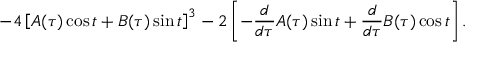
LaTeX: - 4 \left[ { \cal A } ( \tau ) \cos t + { \cal B } ( \tau ) \sin t \right] ^ { 3 } - 2 \left[ - { \frac { d } { d \tau } } { \cal A } ( \tau ) \sin t + { \frac { d } { d \tau } } { \cal B } ( \tau ) \cos t \right] .